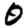
Digit: 0